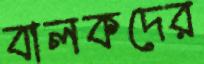
বালকদের